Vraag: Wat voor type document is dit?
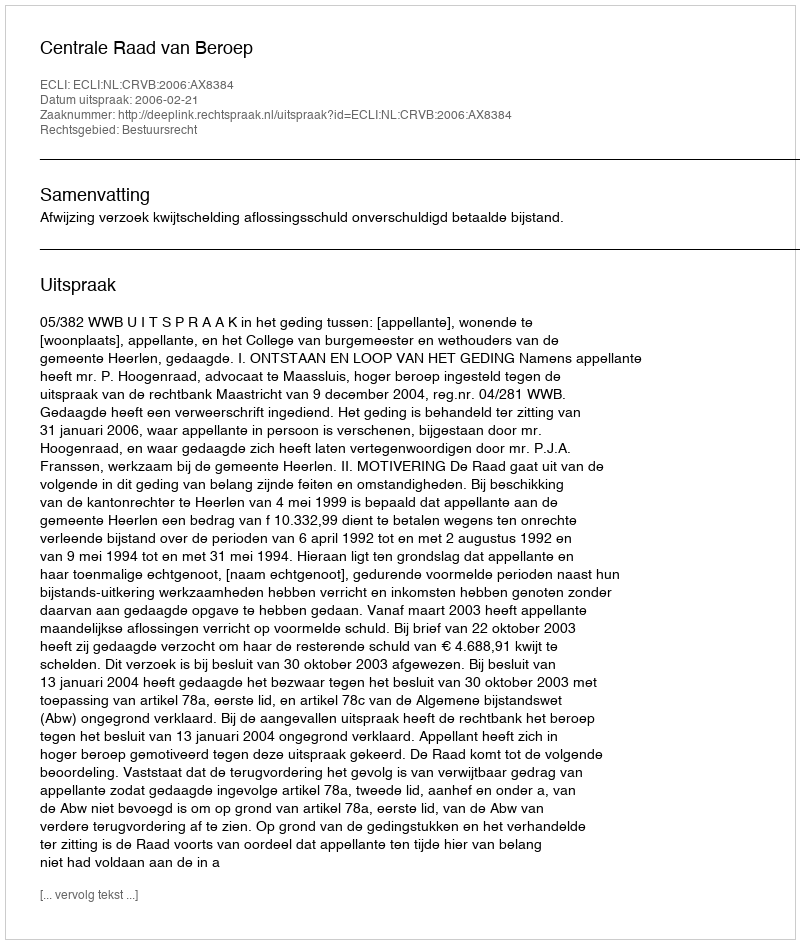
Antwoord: Uitspraak